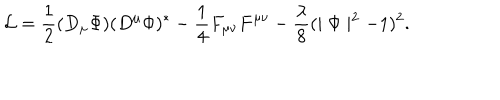
LaTeX: { \cal L } = \frac { 1 } { 2 } ( D _ { \mu } \Phi ) ( D ^ { \mu } \Phi ) ^ { * } - \frac { 1 } { 4 } F _ { \mu \nu } F ^ { \mu \nu } - \frac { \lambda } { 8 } ( \mid \Phi \mid ^ { 2 } - 1 ) ^ { 2 } .